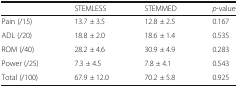
<table><thead><tr><td></td><td><b>STEMLESS</b></td><td><b>STEMMED</b></td><td><b><i>p</i>-value</b></td></tr></thead><tbody><tr><td>Pain (/15)</td><td>13.7 ± 3.5</td><td>12.8 ± 2.5</td><td>0.167</td></tr><tr><td>ADL (/20)</td><td>18.8 ± 2.0</td><td>18.6 ± 1.4</td><td>0.535</td></tr><tr><td>ROM (/40)</td><td>28.2 ± 4.6</td><td>30.9 ± 4.9</td><td>0.283</td></tr><tr><td>Power (/25)</td><td>7.3 ± 4.5</td><td>7.8 ± 4.1</td><td>0.543</td></tr><tr><td>Total (/100)</td><td>67.9 ± 12.0</td><td>70.2 ± 5.8</td><td>0.925</td></tr></tbody></table>